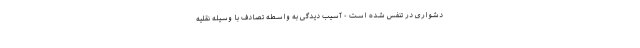
دشواری در تنفس شده است - آسیب دیدگی به واسطه تصادف با وسیله نقلیه